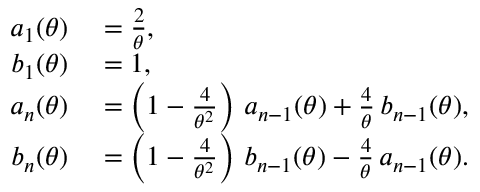
\begin{array} { r l } { a _ { 1 } ( \theta ) } & { { } = { \frac { 2 } { \theta } } , } \\ { b _ { 1 } ( \theta ) } & { { } = 1 , } \\ { a _ { n } ( \theta ) } & { { } = \left( 1 - { \frac { 4 } { \theta ^ { 2 } } } \right) \, a _ { n - 1 } ( \theta ) + { \frac { 4 } { \theta } } \, b _ { n - 1 } ( \theta ) , } \\ { b _ { n } ( \theta ) } & { { } = \left( 1 - { \frac { 4 } { \theta ^ { 2 } } } \right) \, b _ { n - 1 } ( \theta ) - { \frac { 4 } { \theta } } \, a _ { n - 1 } ( \theta ) . } \end{array}